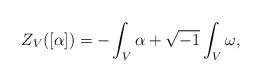
LaTeX: \begin{align*}Z_{V}([\alpha]) = -\int_{V}\alpha+\sqrt{-1}\int_{V}\omega,\end{align*}